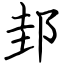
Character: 邽